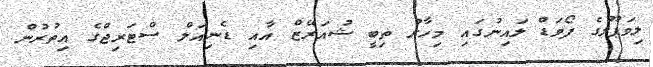
ލިވަޕޫލުގެ ފޯވަޑް ލައިނުގައި މިހާރު ތިބީ ޝުއަރޭޒް އާއި ޑެނިއަލް ސްޓަރިޖްގެ އިތުރުން